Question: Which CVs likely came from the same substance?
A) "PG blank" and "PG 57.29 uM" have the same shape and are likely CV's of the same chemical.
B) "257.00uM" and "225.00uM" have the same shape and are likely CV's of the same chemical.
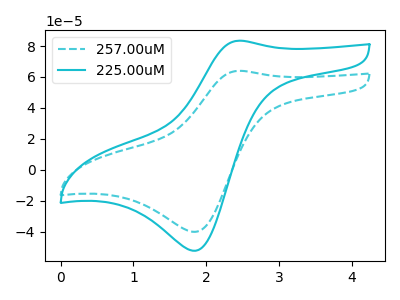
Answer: <think>The cyan dashed curve "257.00uM" has an anodic peak at (2.45V, 63.95uA) and a cathodic peak at (1.85V, -40.15uA). The cyan curve "225.00uM" has an anodic peak at (2.45V, 83.45uA) and a cathodic peak at (1.85V, -52.40uA).
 All the peaks in "257.00uM" have a peak in "225.00uM" at the same potential. Every peak in "257.00uM" is lower than every peak in "225.00uM".</think>
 <answer>B) "257.00uM" and "225.00uM" have the same shape and are likely CV's of the same chemical.</answer>
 <eval>B</eval>